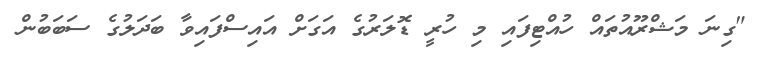
"ގިނަ މަޝްރޫއުތައް ހުއްޓިފައި މި ހުރީ ޑޮލަރުގެ އަގަށް އައިސްފައިވާ ބަދަލުގެ ސަބަބުން